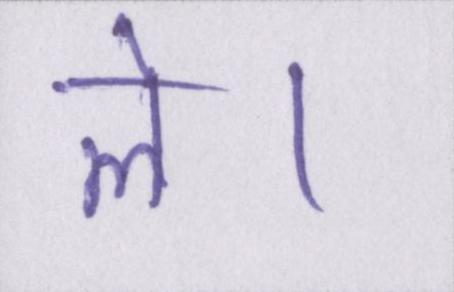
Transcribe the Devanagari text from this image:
ले।